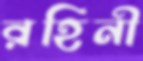
রহিনী